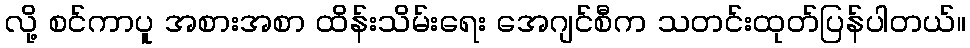
လို့ စင်ကာပူ အစားအစာ ထိန်းသိမ်းရေး အေဂျင်စီက သတင်းထုတ်ပြန်ပါတယ်။